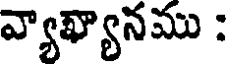
వ్యాఖ్యానము :